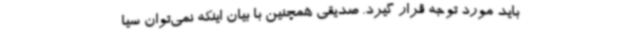
باید مورد توجه قرار گیرد. صدیقی همچنین با بیان اینکه نمی‌توان سیا